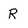
Character: r